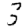
Digit: 3